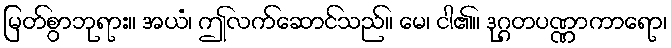
မြတ်စွာဘုရား။ အယံ၊ ဤလက်ဆောင်သည်။ မေ၊ ငါ၏။ ဒုဂ္ဂတပဏ္ဏာကာရော၊